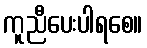
ကူညီပေးပါရစေ။